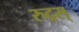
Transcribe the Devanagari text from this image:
रुद्रस्